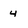
Character: 4